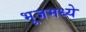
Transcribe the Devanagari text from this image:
भूजमध्ये